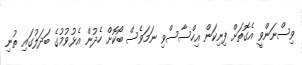
ވިސްނަންވީ އެގޮތަށް ފިނިކަން އިހްސާސްވި ނަމަވެސް ބޯކޮށް ހެދުން އެޅުވުމުގެ ބަދަލުގައި ތުނި